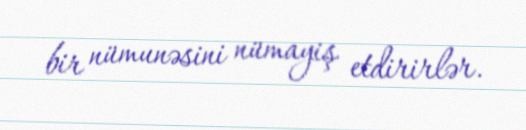
bir nümunəsini nümayiş etdirirlər.